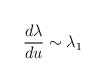
\begin{align*}\frac{d\lambda}{du} \sim \lambda_1\end{align*}